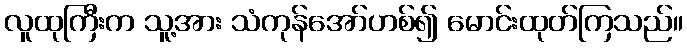
လူထုကြီးက သူ့အား သံကုန်အော်ဟစ်၍ မောင်းထုတ်ကြသည်။